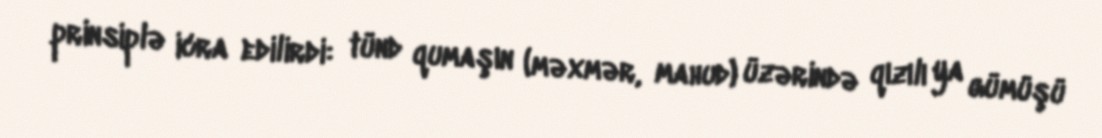
prinsiplə icra edilirdi: tünd qumaşın (məxmər, mahud) üzərində qızılı ya gümüşü